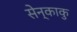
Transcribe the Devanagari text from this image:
सेन्काकु